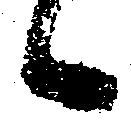
候